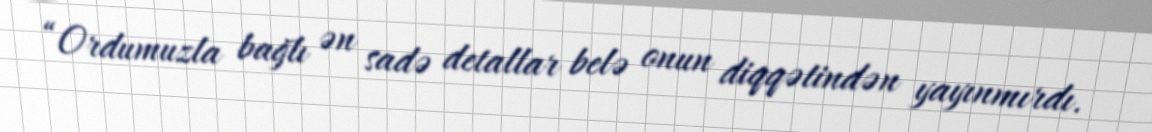
“Ordumuzla bağlı ən sadə detallar belə onun diqqətindən yayınmırdı.